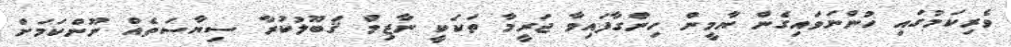
ވެރިކަމުގައި ހުންނަވައިގެން ޔާމީން ހިންގާފައިވާ ޖަރީމާ ތަކަކީ ނާޒިމް ޤަބޫލުކުރާ ސިޔާސަތެއް ނޫންކަމަށް